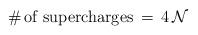
LaTeX: \begin{align*}\# \mbox{\,of supercharges}\, = \, 4 \, \mathcal{N}\end{align*}